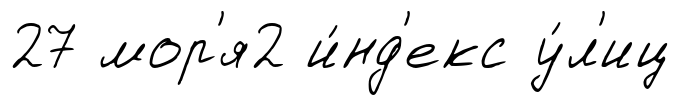
27 мор'я2 и́нд'екс у́л'иц